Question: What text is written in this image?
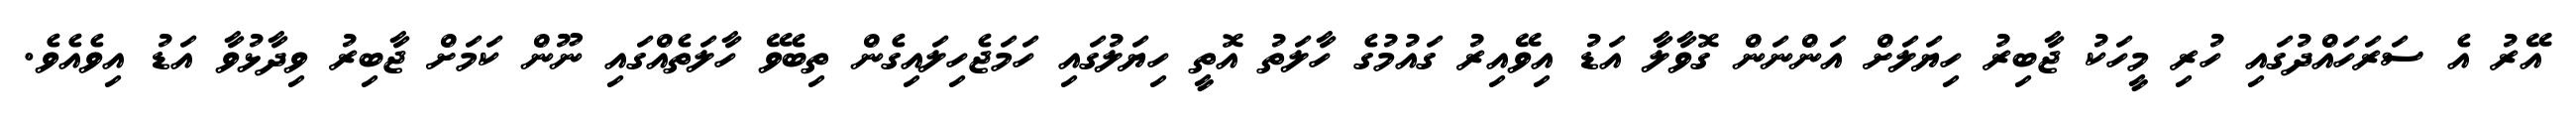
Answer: އޭރު އެ ސަރަހައްދުގައި ހުރި މީހަކު ޖާބިރު ހިޔަލަށް އަންނަން ގޮވާލާ އަޑު އިވޭއިރު ގައުމުގެ ހާލަތު އޮތީ ހިޔަލުގައި ހަމަޖެހިލައިގެން ތިބެވޭ ހާލަތެއްގައި ނޫން ކަމަށް ޖާބިރު ވިދާޅުވާ އަޑު އިވެއެވެ.